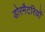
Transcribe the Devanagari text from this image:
डोरमैटरियों